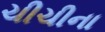
ચીચીના